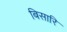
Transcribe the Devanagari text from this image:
बिसारि